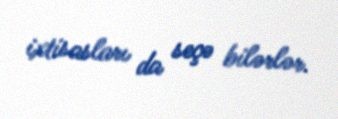
ixtisasları da seçə bilərlər.